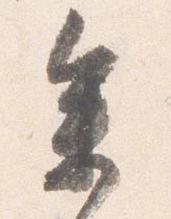
参